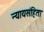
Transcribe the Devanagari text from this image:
न्यायसंहिता